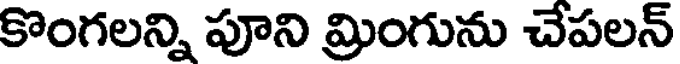
కొంగలన్ని పూని మ్రింగును చేపలన్